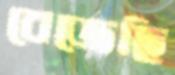
বেজেছি